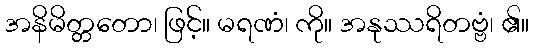
အနိမိတ္တတော၊ ဖြင့်။ မရဏံ၊ ကို။ အနုဿရိတဗ္ဗံ၊ ၏။